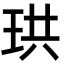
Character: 珙